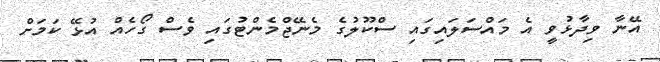
އޭނާ ވިދާޅުވީ އެ މައްސަލައިގައި ސްކޫލުގެ މެނޭޖްމެންޓުގައި ވެސް ގޯހެއް އުޅޭ ކަމަށް